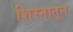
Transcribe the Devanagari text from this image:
शिस्नातून